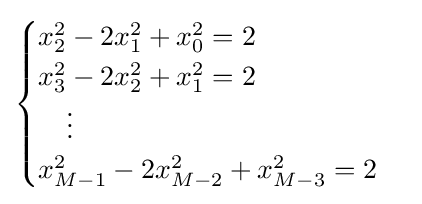
{\begin{cases}x_{2}^{2}-2x_{1}^{2}+x_{0}^{2}=2\\x_{3}^{2}-2x_{2}^{2}+x_{1}^{2}=2\\{}\quad \vdots \\x_{M-1}^{2}-2x_{M-2}^{2}+x_{M-3}^{2}=2\end{cases}}